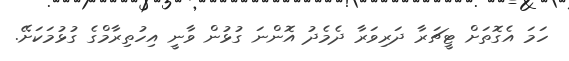
ހަމަ އެގޮތަށް ޓީޗަރާ ދަރިވަރާ ދެމެދު އޮންނަ ގުޅުން ވާނީ އިހުތިރާމްގެ ގުޅުމަކަށޭ.